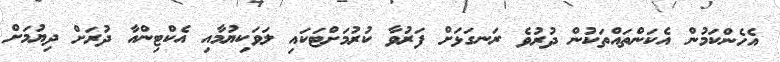
އެހެންކަމުން އެކަންތައްތަކުން ދުރުވެ ރަނގަޅަށް ފަރުވާ ކުރުމަށްޓަކައި ލަވަކިޔުމާއި އެކްޓިންއާ ދުރަށް ދިޔުމަށް